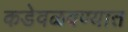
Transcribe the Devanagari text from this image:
कडेवळवण्यात